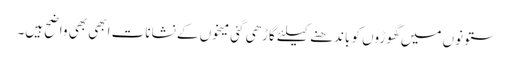
ستونوں میں گھوڑوں کو باندھنے کیلئے گاڑھی گئی میخوں کے نشانات ابھی بھی واضح ہیں۔